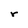
Character: r